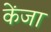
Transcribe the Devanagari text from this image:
केंजा